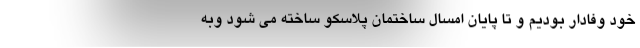
خود وفادار بودیم و تا پایان امسال ساختمان پلاسکو ساخته می شود وبه